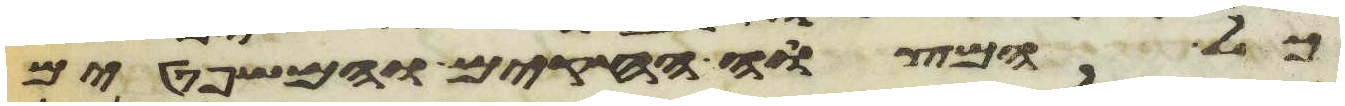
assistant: כל המצוה החקים והמשפטים